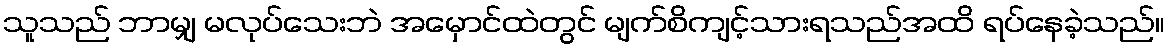
သူသည် ဘာမျှ မလုပ်သေးဘဲ အမှောင်ထဲတွင် မျက်စိကျင့်သားရသည်အထိ ရပ်နေခဲ့သည်။